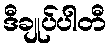
ဒီချုပ်ပါတီ